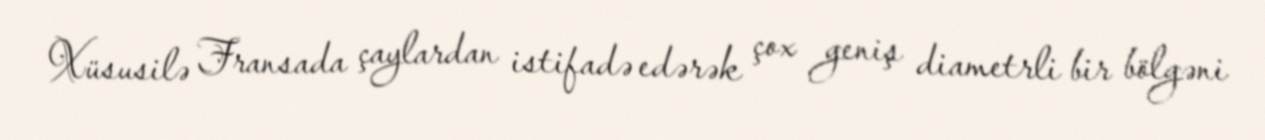
Xüsusilə Fransada çaylardan istifadə edərək çox geniş diametrli bir bölgəni